Annual administration report of the Civil Veterinary Department, Ajmere-Merwara, British Rajputana - 1914-1940
Year: 1914
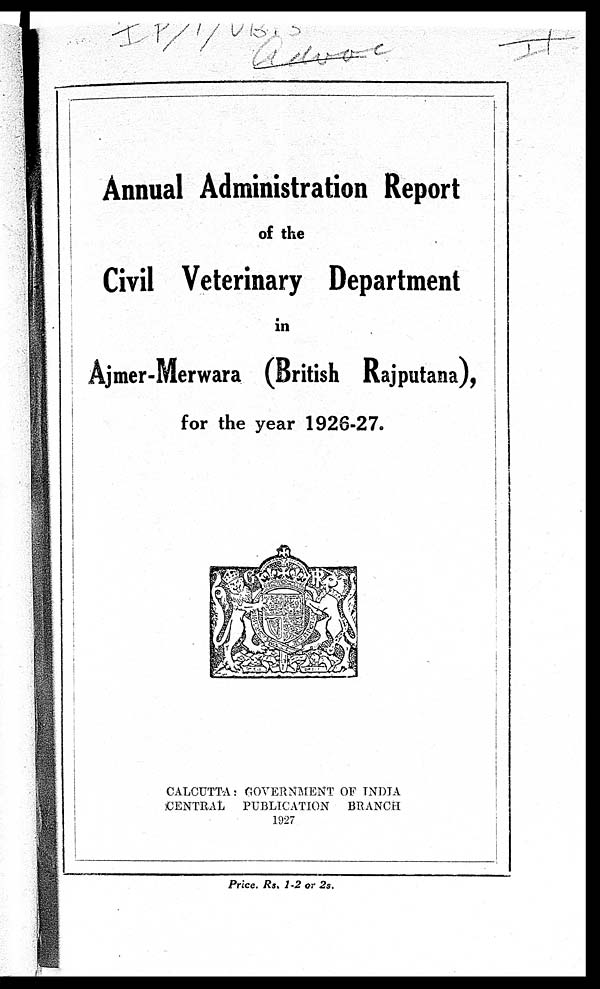
Annual Administration Report
of the
Civil Veterinary Department
in
Ajmer-Merwara (British Rajputana),
for the year 1926-27.
CALCUTTA: GOVERNMENT OF INDIA
CENTRAL
PUBLICATION
BRANCH
1927
Price. Rs. 1-2 or 2s.